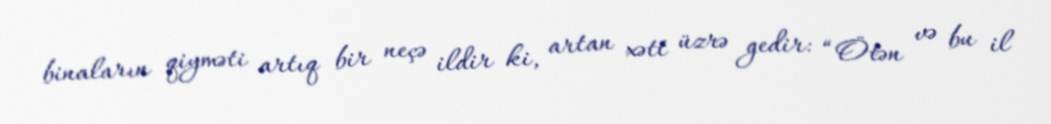
binaların qiyməti artıq bir neçə ildir ki, artan xətt üzrə gedir: “Ötən və bu il